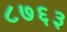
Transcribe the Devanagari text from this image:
८७६३